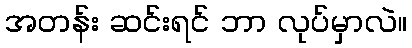
အတန်း ဆင်းရင် ဘာ လုပ်မှာလဲ။